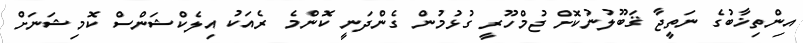
އިންތިޚާބުގެ ނަތީޖާ ޤަބޫލުނުކޮށް ޖުމްހޫރީ ގުޅުމުން ގެންދަނީ ކޮންމެ ރެއަކު އިލެކްޝަންސް ކޮމިޝަނަށް